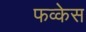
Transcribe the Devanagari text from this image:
फव्केस